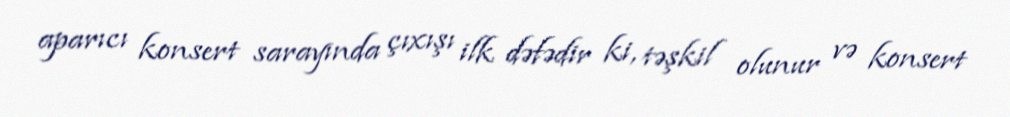
aparıcı konsert sarayında çıxışı ilk dəfədir ki, təşkil olunur və konsert